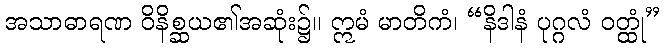
အသာဓာရဏ ဝိနိစ္ဆယ၏အဆုံး၌။ ဣမံ မာတိကံ၊ “နိဒါနံ ပုဂ္ဂလံ ဝတ္ထုံ”